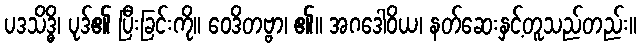
ပဒသိဒ္ဓိ၊ ပုဒ်၏ ပြီးခြင်းကို။ ဝေဒိတဗ္ဗာ၊ ၏။ အဂဒေါဝိယ၊ နတ်ဆေးနှင့်တူသည်တည်း။